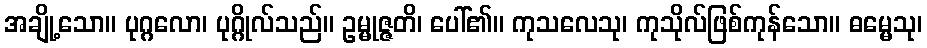
အချို့သော။ ပုဂ္ဂလော၊ ပုဂ္ဂိုလ်သည်။ ဥမ္မုဇ္ဇတိ၊ ပေါ်၏။ ကုသလေသု၊ ကုသိုလ်ဖြစ်ကုန်သော။ ဓမ္မေသု၊